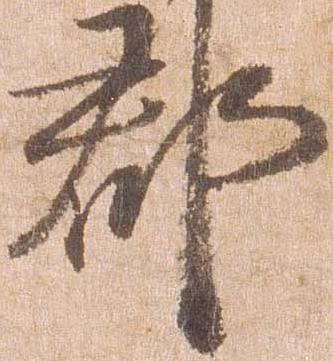
郡